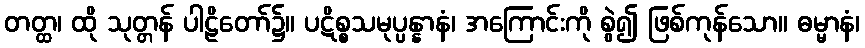
တတ္ထ၊ ထို သုတ္တန် ပါဠိတော်၌။ ပဋိစ္စသမုပ္ပန္နာနံ၊ အကြောင်းကို စွဲ၍ ဖြစ်ကုန်သော။ ဓမ္မာနံ၊